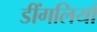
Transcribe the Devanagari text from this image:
डींगलियाँ